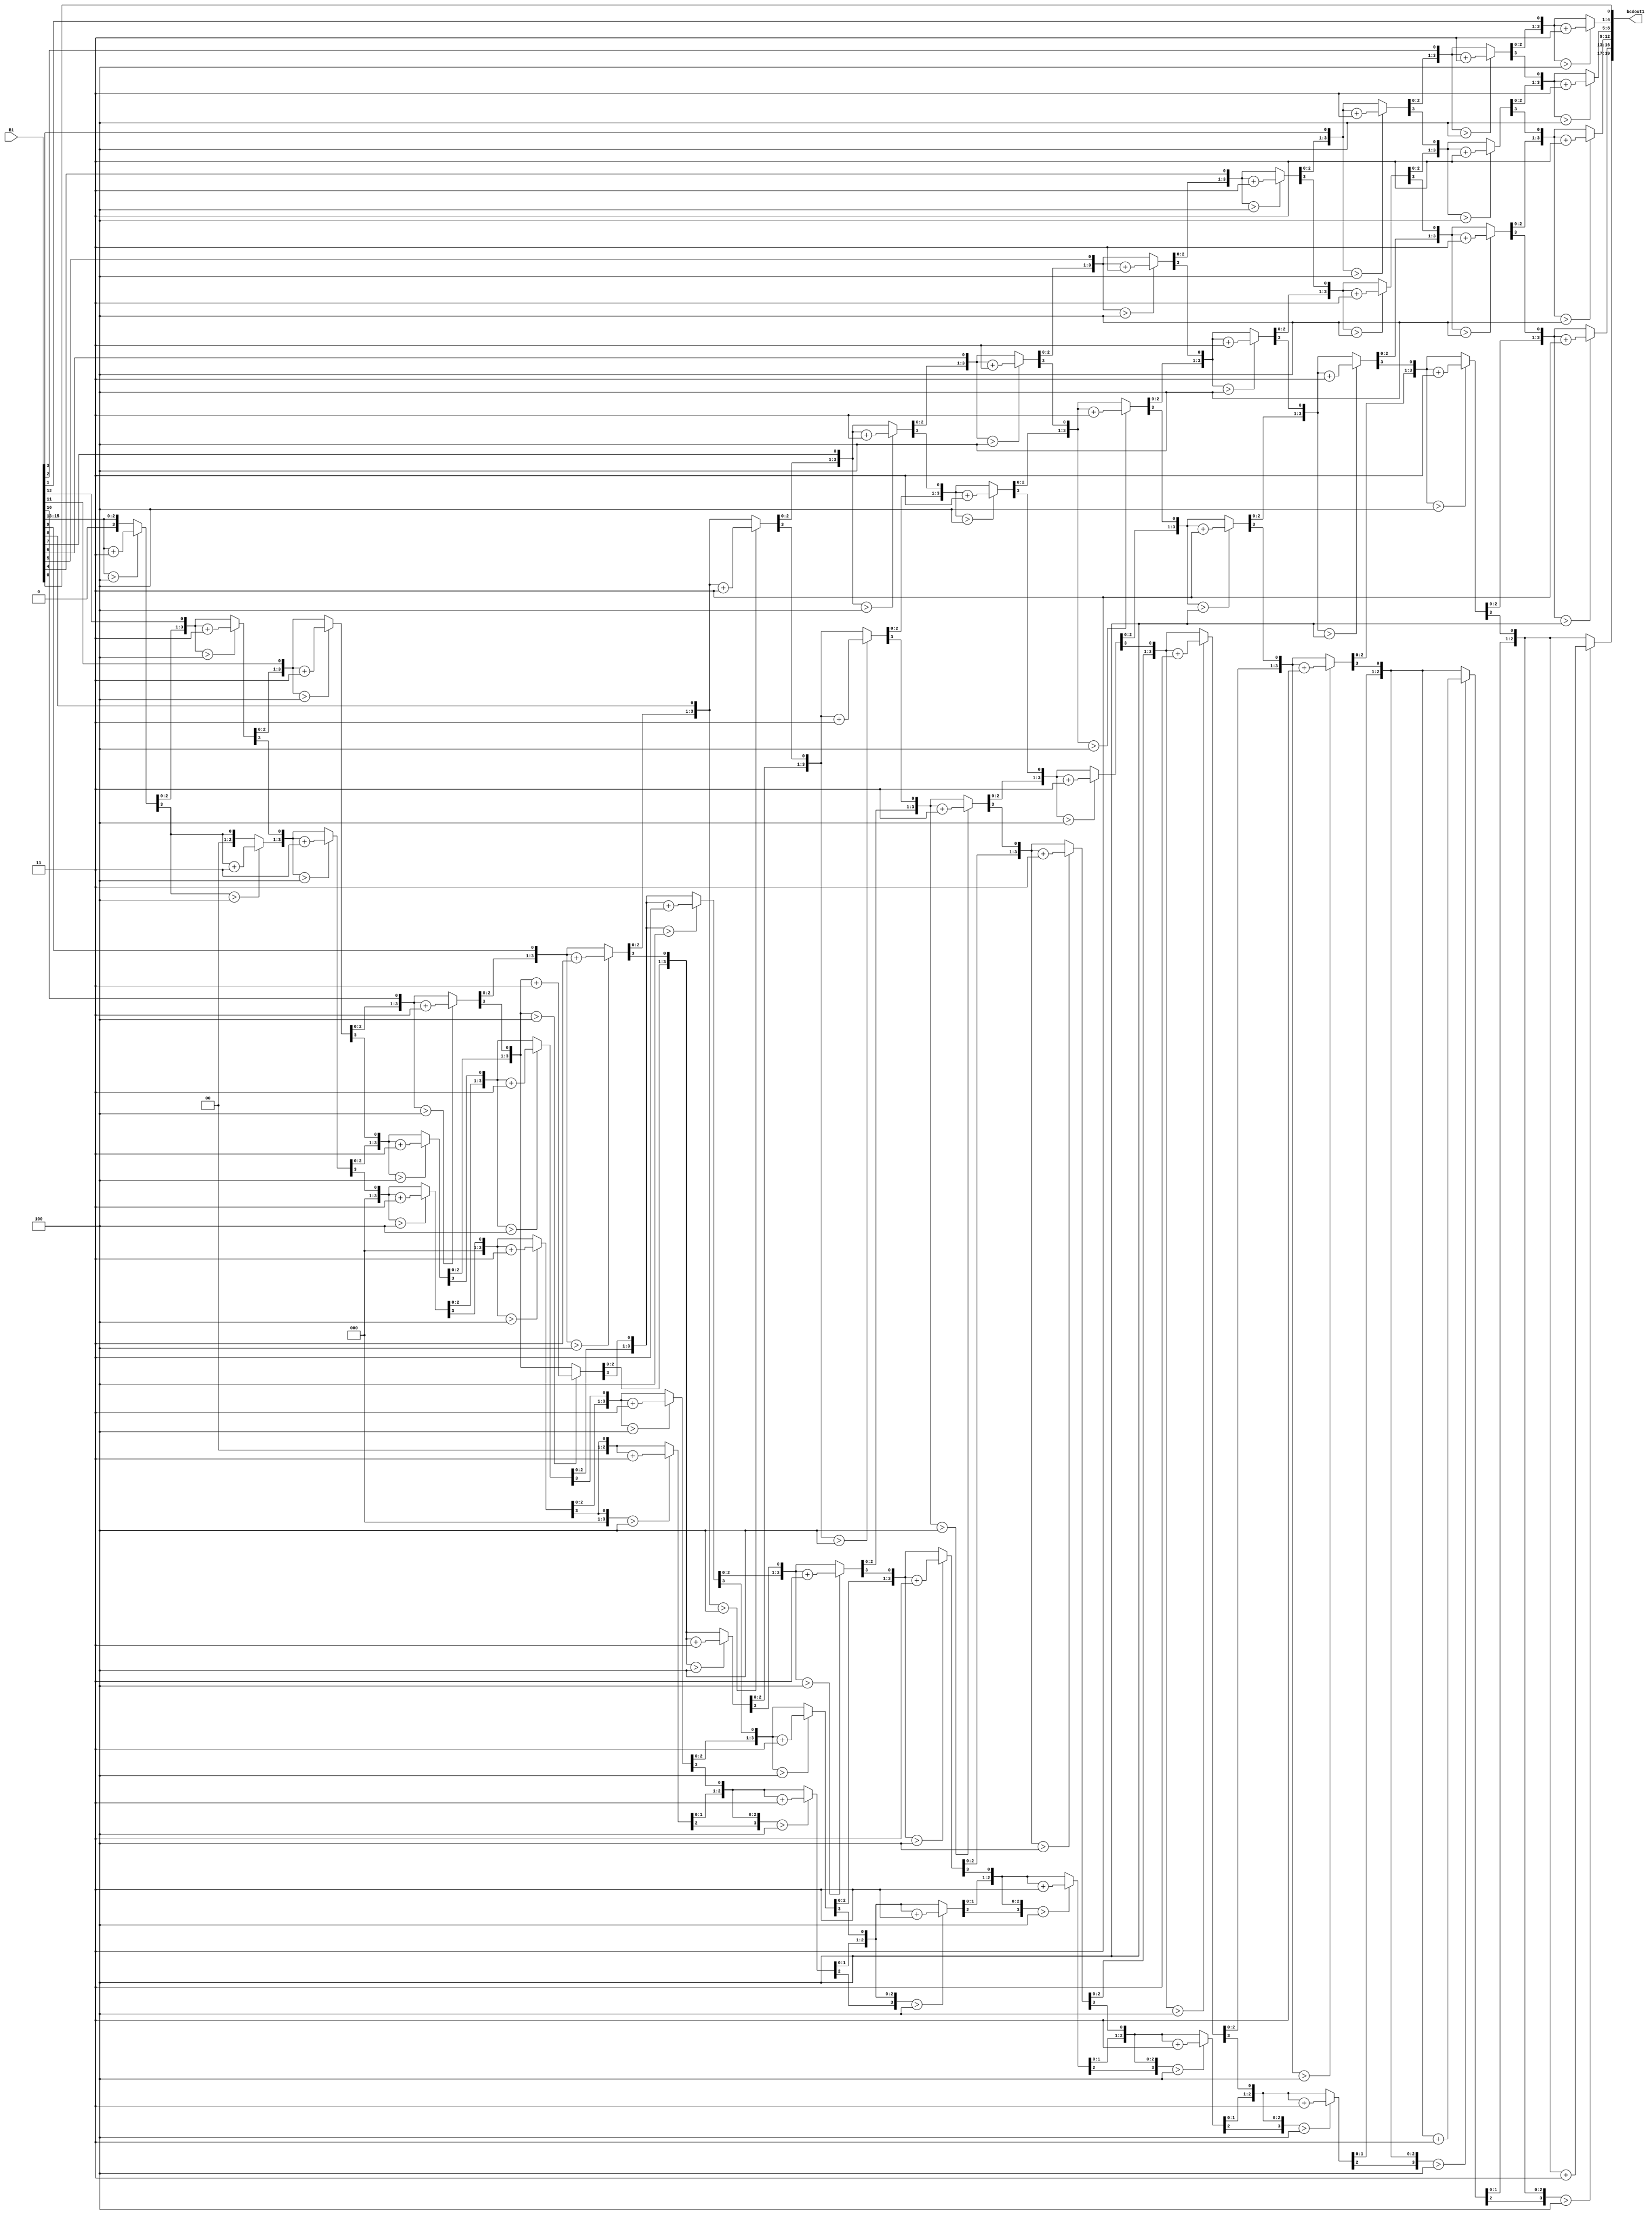
module BIN_DEC1(
	input [15:0] B1,
	output reg [19:0] bcdout1
	);
	reg [35:0] z;
	integer i;
always @(*)
  begin
    for(i = 0; i <= 35; i = i+1)
	z[i] = 0;
    z[18:3] = B1; 
    repeat(13)
	 begin
	if(z[19:16] > 4)	
		z[19:16] = z[19:16] + 3;
	if(z[23:20] > 4) 	
		z[23:20] = z[23:20] + 3;
	if(z[27:24] > 4) 	
		z[27:24] = z[27:24] + 3;
	if(z[31:28] > 4) 	
		z[31:28] = z[31:28] + 3;
	if(z[35:32] > 4) 	
		z[35:32] = z[35:32] + 3;
	z[35:1] = z[34:0];
    end      
    bcdout1 = z[35:16];
  end         
endmodule